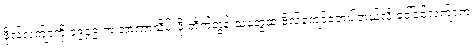
ဗိုလ်လက်ျာကို ၁၉၄၉ က အာဏာသိမ်းဖို့ တိုက်တွန်းသူတွေထဲ ဗိုလ်ကျော်ဇောပါတယ်လို့ ဒေါ်ခင်လက်ျာက